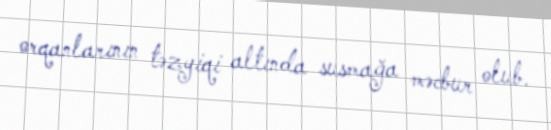
orqanlarının təzyiqi altında susmağa məcbur olub.